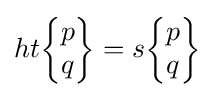
ht{\begin{Bmatrix}p\\q\end{Bmatrix}}=s{\begin{Bmatrix}p\\q\end{Bmatrix}}